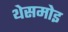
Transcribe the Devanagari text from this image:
थेसमोइ